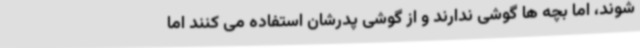
شوند، اما بچه ها گوشی ندارند و از گوشی پدرشان استفاده می کنند اما